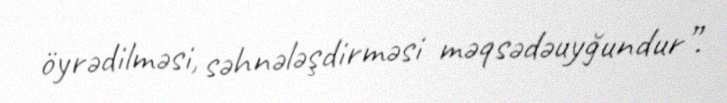
öyrədilməsi, səhnələşdirməsi məqsədəuyğundur”.